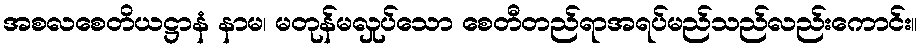
အစလစေတိယဋ္ဌာနံ နာမ၊ မတုန်မလှုပ်သော စေတီတည်ရာအရပ်မည်သည်လည်းကောင်း။